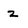
Character: z